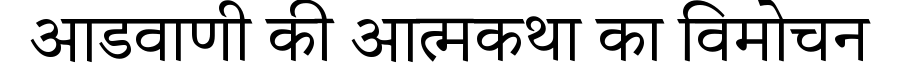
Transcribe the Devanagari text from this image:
आडवाणी की आत्मकथा का विमोचन